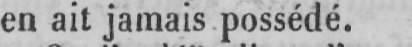
en ait jamais possédé.